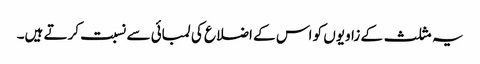
یہ مثلث کے زاویوں کو اس کے اضلاع کی لمبائی سے نسبت کرتے ہیں۔